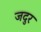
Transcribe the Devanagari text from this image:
जदुर